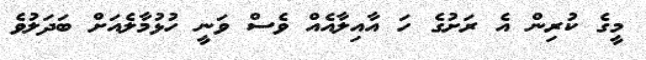
މީގެ ކުރިން އެ ރަށުގެ ހަ އާއިލާއެއް ވެސް ވަނީ ހުޅުމާލެއަށް ބަދަލުވެ